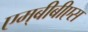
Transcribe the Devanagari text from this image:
एम्‌बीबीएस